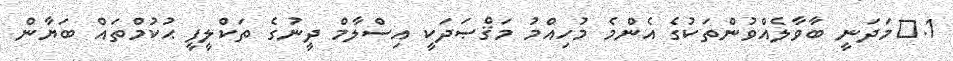
1.	މަދަނީ ބާވާލެއްވުންތަކުގެ އެންމެ މުހިއްމު މަޤްޞަދަކީ އިސްލާމް ދީނުގެ ތަކްލީފީ ޙުކުމްތައް ބަޔާން